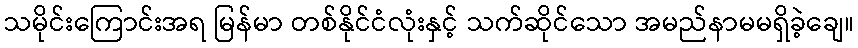
သမိုင်းကြောင်းအရ မြန်မာ တစ်နိုင်ငံလုံးနှင့် သက်ဆိုင်သော အမည်နာမမရှိခဲ့ချေ။